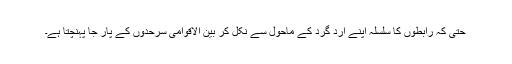
حتیٰ کہ رابطوں کا سلسلہ اپنے ارد گرد کے ماحول سے نکل کر بین الاقوامی سرحدوں کے پار جا پہنچتا ہے۔